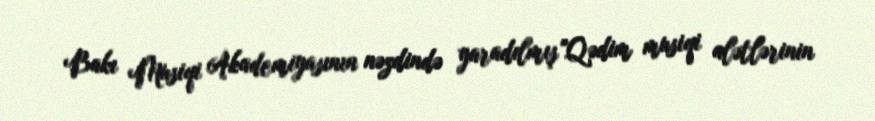
Bakı Musiqi Akademiyasının nəzdində yaradılmış "Qədim musiqi alətlərinin